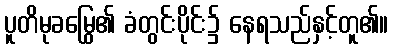
ပူတိမုခမြွေ၏ ခံတွင်းပိုင်း၌ နေရသည်နှင့်တူ၏။